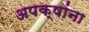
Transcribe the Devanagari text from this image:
अपक्षांना